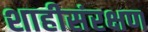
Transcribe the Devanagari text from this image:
शाहीसंरक्षण